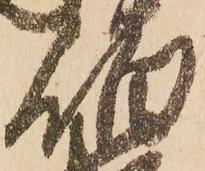
伯